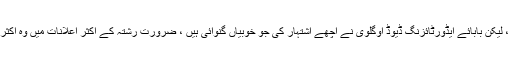
یہ مانتے ہوئے دل ڈوبتا ہے ، لیکن بابائے ایڈورٹائزنگ ڈیوڈ اوگلوی نے اچھے اشتہار کی جو خوبیاں گنوائی ہیں ، ضرورت رشتہ کے اکثر اعلانات میں وہ اکثر اجزا یکجا دکھائی دیں گے ۔